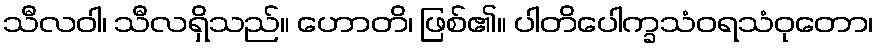
သီလဝါ၊ သီလရှိသည်။ ဟောတိ၊ ဖြစ်၏။ ပါတိပေါက္ခသံဝရသံဝုတော၊